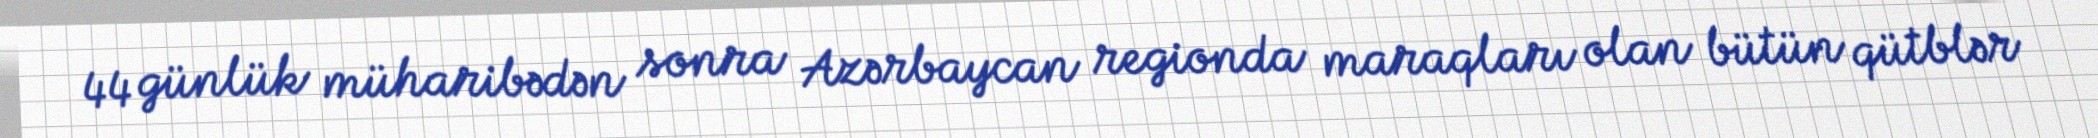
44 günlük müharibədən sonra Azərbaycan regionda maraqları olan bütün qütblər